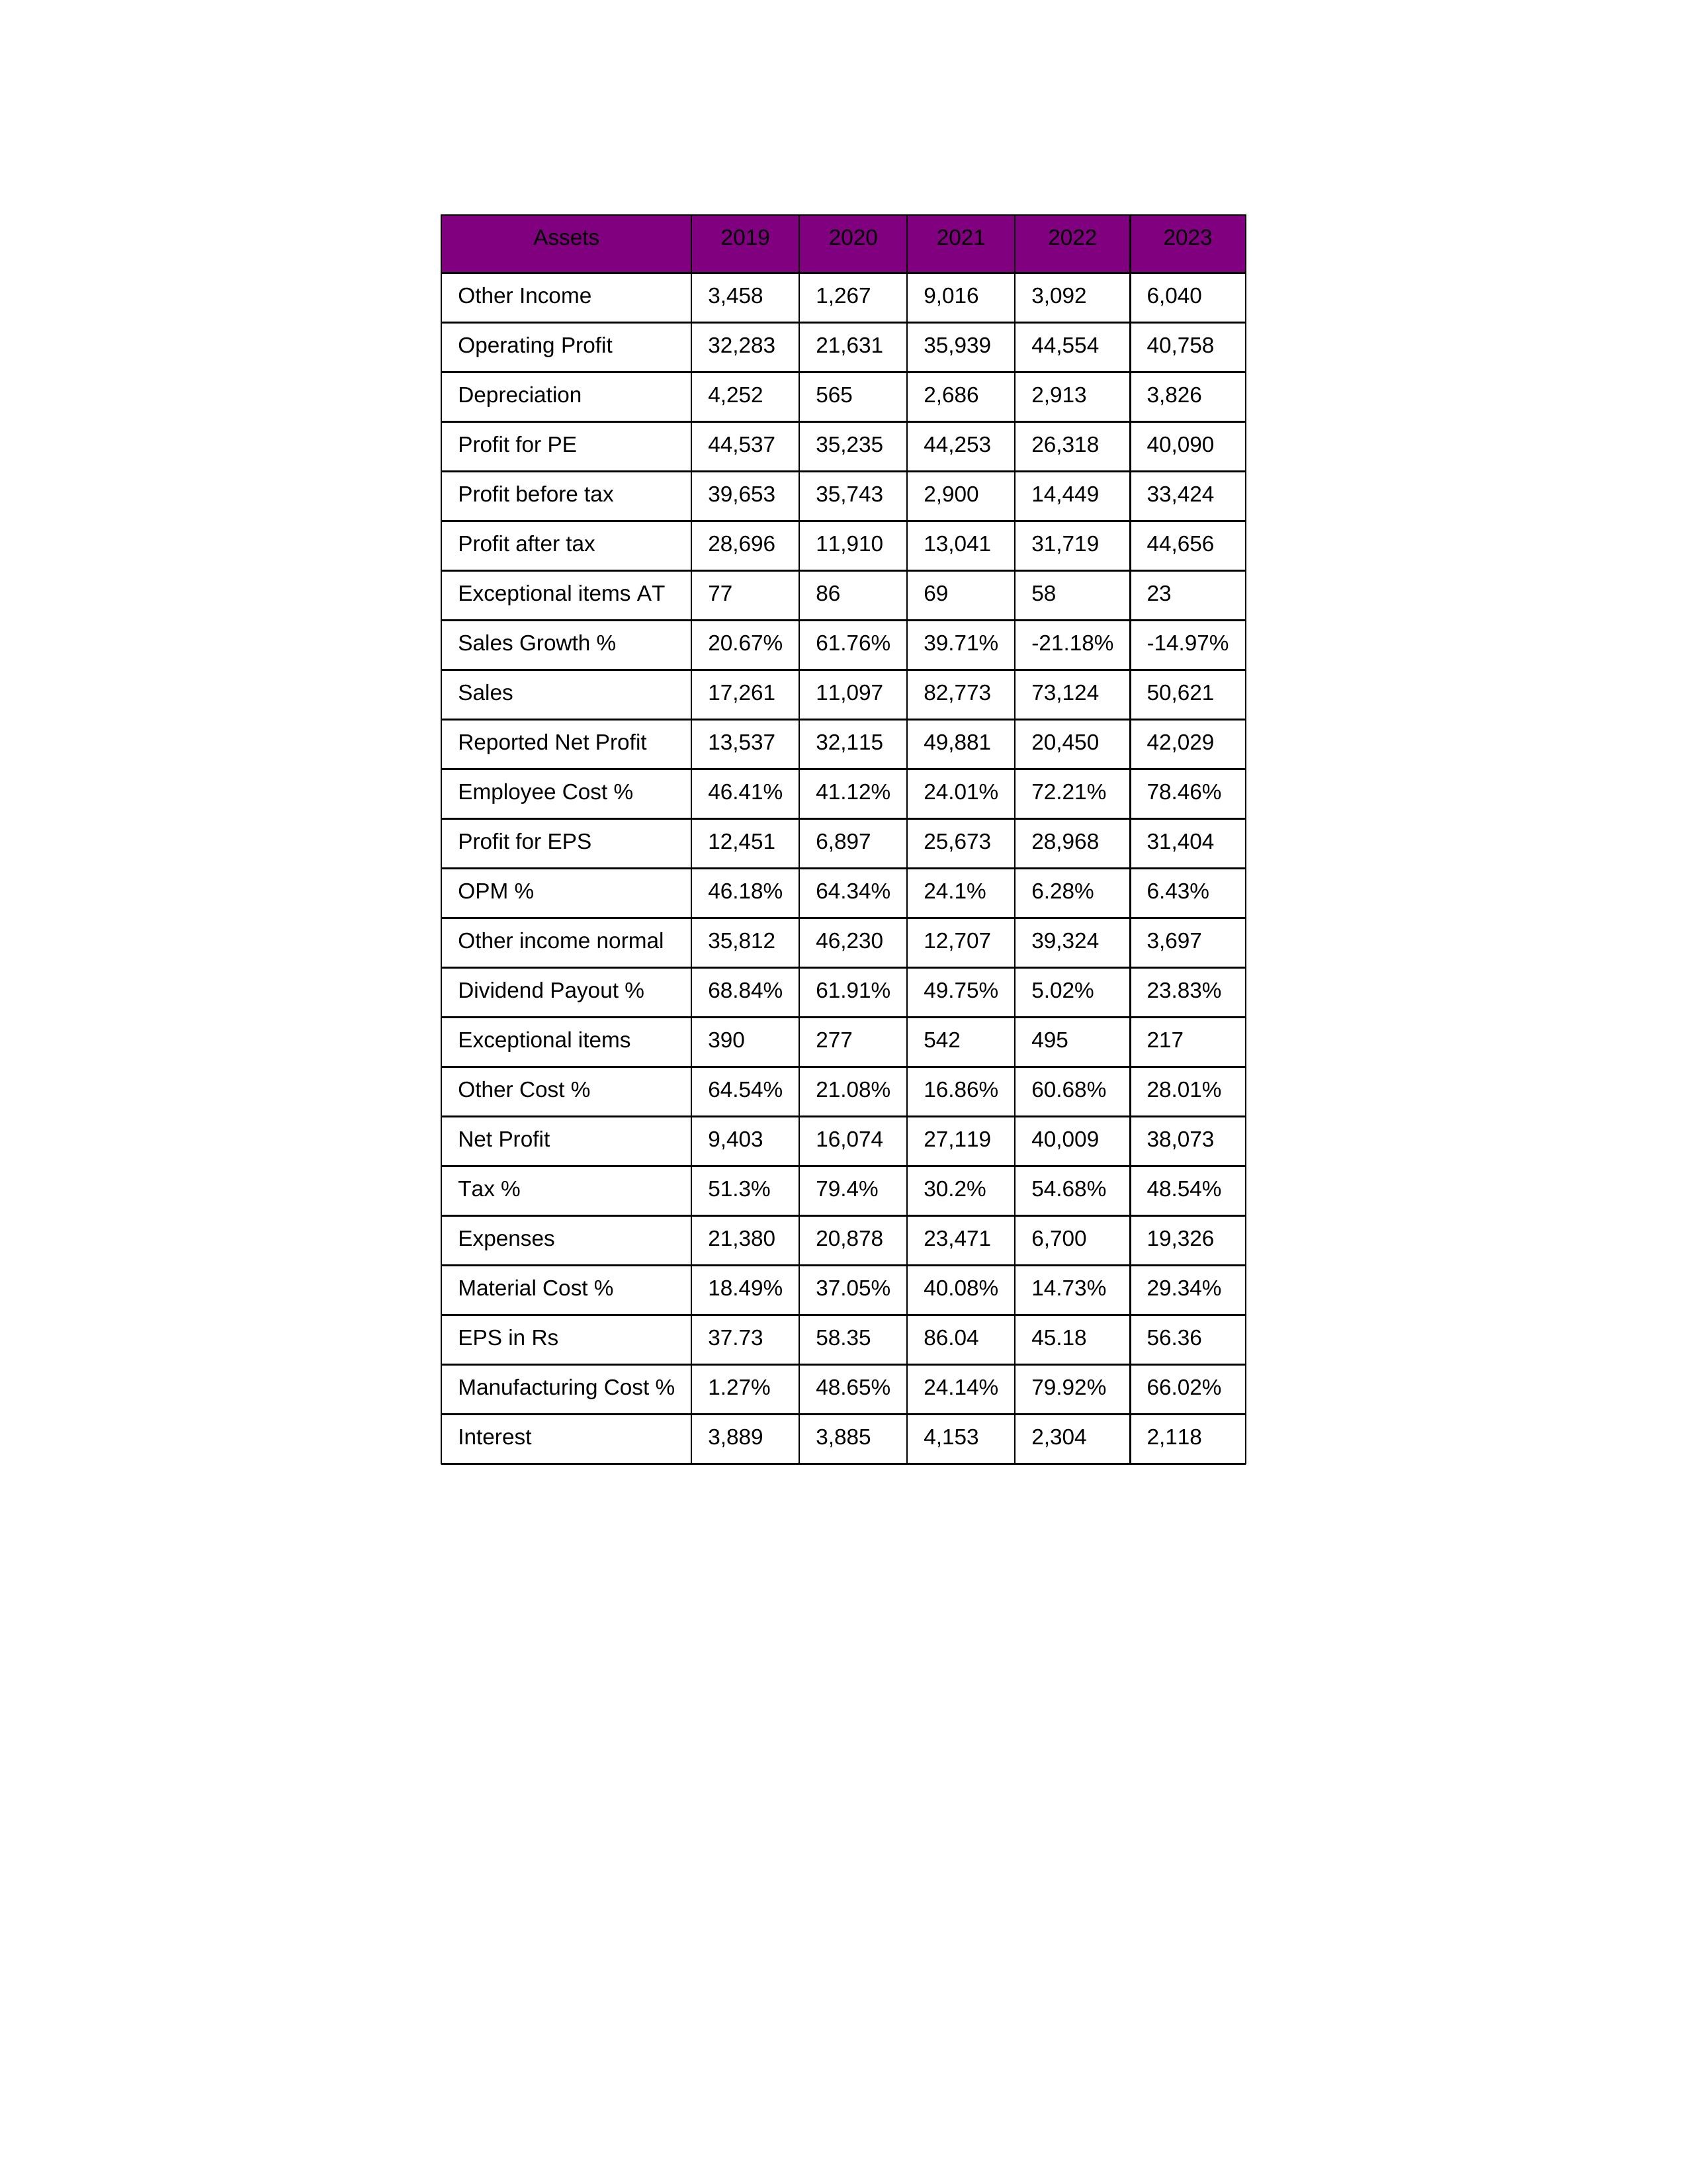
gt_parse: 2019: Sales: 17,261
Sales Growth %: 20.67%
Expenses: 21,380
Material Cost %: 18.49%
Manufacturing Cost %: 1.27%
Employee Cost %: 46.41%
Other Cost %: 64.54%
Operating Profit: 32,283
OPM %: 46.18%
Other Income: 3,458
Exceptional items: 390
Other income normal: 35,812
Interest: 3,889
Depreciation: 4,252
Profit before tax: 39,653
Tax %: 51.3%
Net Profit: 9,403
Profit after tax: 28,696
Reported Net Profit: 13,537
Profit for EPS: 12,451
Exceptional items AT: 77
Profit for PE: 44,537
EPS in Rs: 37.73
Dividend Payout %: 68.84%
2020: Sales: 11,097
Sales Growth %: 61.76%
Expenses: 20,878
Material Cost %: 37.05%
Manufacturing Cost %: 48.65%
Employee Cost %: 41.12%
Other Cost %: 21.08%
Operating Profit: 21,631
OPM %: 64.34%
Other Income: 1,267
Exceptional items: 277
Other income normal: 46,230
Interest: 3,885
Depreciation: 565
Profit before tax: 35,743
Tax %: 79.4%
Net Profit: 16,074
Profit after tax: 11,910
Reported Net Profit: 32,115
Profit for EPS: 6,897
Exceptional items AT: 86
Profit for PE: 35,235
EPS in Rs: 58.35
Dividend Payout %: 61.91%
2021: Sales: 82,773
Sales Growth %: 39.71%
Expenses: 23,471
Material Cost %: 40.08%
Manufacturing Cost %: 24.14%
Employee Cost %: 24.01%
Other Cost %: 16.86%
Operating Profit: 35,939
OPM %: 24.1%
Other Income: 9,016
Exceptional items: 542
Other income normal: 12,707
Interest: 4,153
Depreciation: 2,686
Profit before tax: 2,900
Tax %: 30.2%
Net Profit: 27,119
Profit after tax: 13,041
Reported Net Profit: 49,881
Profit for EPS: 25,673
Exceptional items AT: 69
Profit for PE: 44,253
EPS in Rs: 86.04
Dividend Payout %: 49.75%
2022: Sales: 73,124
Sales Growth %: -21.18%
Expenses: 6,700
Material Cost %: 14.73%
Manufacturing Cost %: 79.92%
Employee Cost %: 72.21%
Other Cost %: 60.68%
Operating Profit: 44,554
OPM %: 6.28%
Other Income: 3,092
Exceptional items: 495
Other income normal: 39,324
Interest: 2,304
Depreciation: 2,913
Profit before tax: 14,449
Tax %: 54.68%
Net Profit: 40,009
Profit after tax: 31,719
Reported Net Profit: 20,450
Profit for EPS: 28,968
Exceptional items AT: 58
Profit for PE: 26,318
EPS in Rs: 45.18
Dividend Payout %: 5.02%
2023: Sales: 50,621
Sales Growth %: -14.97%
Expenses: 19,326
Material Cost %: 29.34%
Manufacturing Cost %: 66.02%
Employee Cost %: 78.46%
Other Cost %: 28.01%
Operating Profit: 40,758
OPM %: 6.43%
Other Income: 6,040
Exceptional items: 217
Other income normal: 3,697
Interest: 2,118
Depreciation: 3,826
Profit before tax: 33,424
Tax %: 48.54%
Net Profit: 38,073
Profit after tax: 44,656
Reported Net Profit: 42,029
Profit for EPS: 31,404
Exceptional items AT: 23
Profit for PE: 40,090
EPS in Rs: 56.36
Dividend Payout %: 23.83%